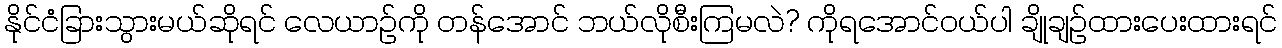
နိုင်ငံခြားသွားမယ်ဆိုရင် လေယာဉ်ကို တန်အောင် ဘယ်လိုစီးကြမလဲ? ကိုရအောင်ဝယ်ပါ ချိုချဉ်ထားပေးထားရင်